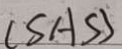
( S A S )